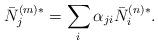
LaTeX: \begin{align*}\bar N_j^{(m)*} = \sum_{i} \alpha_{ji} \bar N_i^{(n)*}.\end{align*}